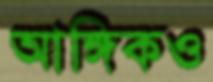
আঙ্গিকও